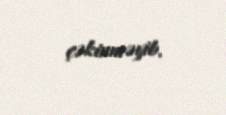
çəkinməyib.